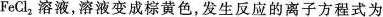
FeCl_{2}溶液，溶液变成棕黄色，发生反应的离子方程式为